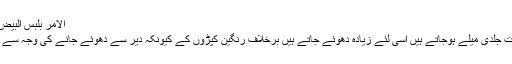
الامر بلبس البیض من الثیاب، ترمذی، ابن ماجہ
زیادہ پاکیزہ اس لئے کہ وہ بہت جلدی میلے ہوجاتے ہیں اسی لئے زیادہ دھوئے جاتے ہیں برخلاف رنگین کپڑوں کے کیونکہ دیر سے دھوئے جانے کی وجہ سے ان میں زیادہ گندگی ہوتی ہے۔